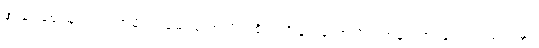
အခြားဈေးများ၊ တက္ကသိုလ်၊ ဆေးကောလိပ်၊ စိုက်ပျိုးရေးကောလိပ်၊ အနုပညာပန်တျာကျောင်းနှင့်